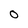
Character: O